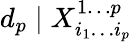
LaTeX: d_{p}\mid X_{i_{1}\dotsc i_{p}}^{1\dotsc p}